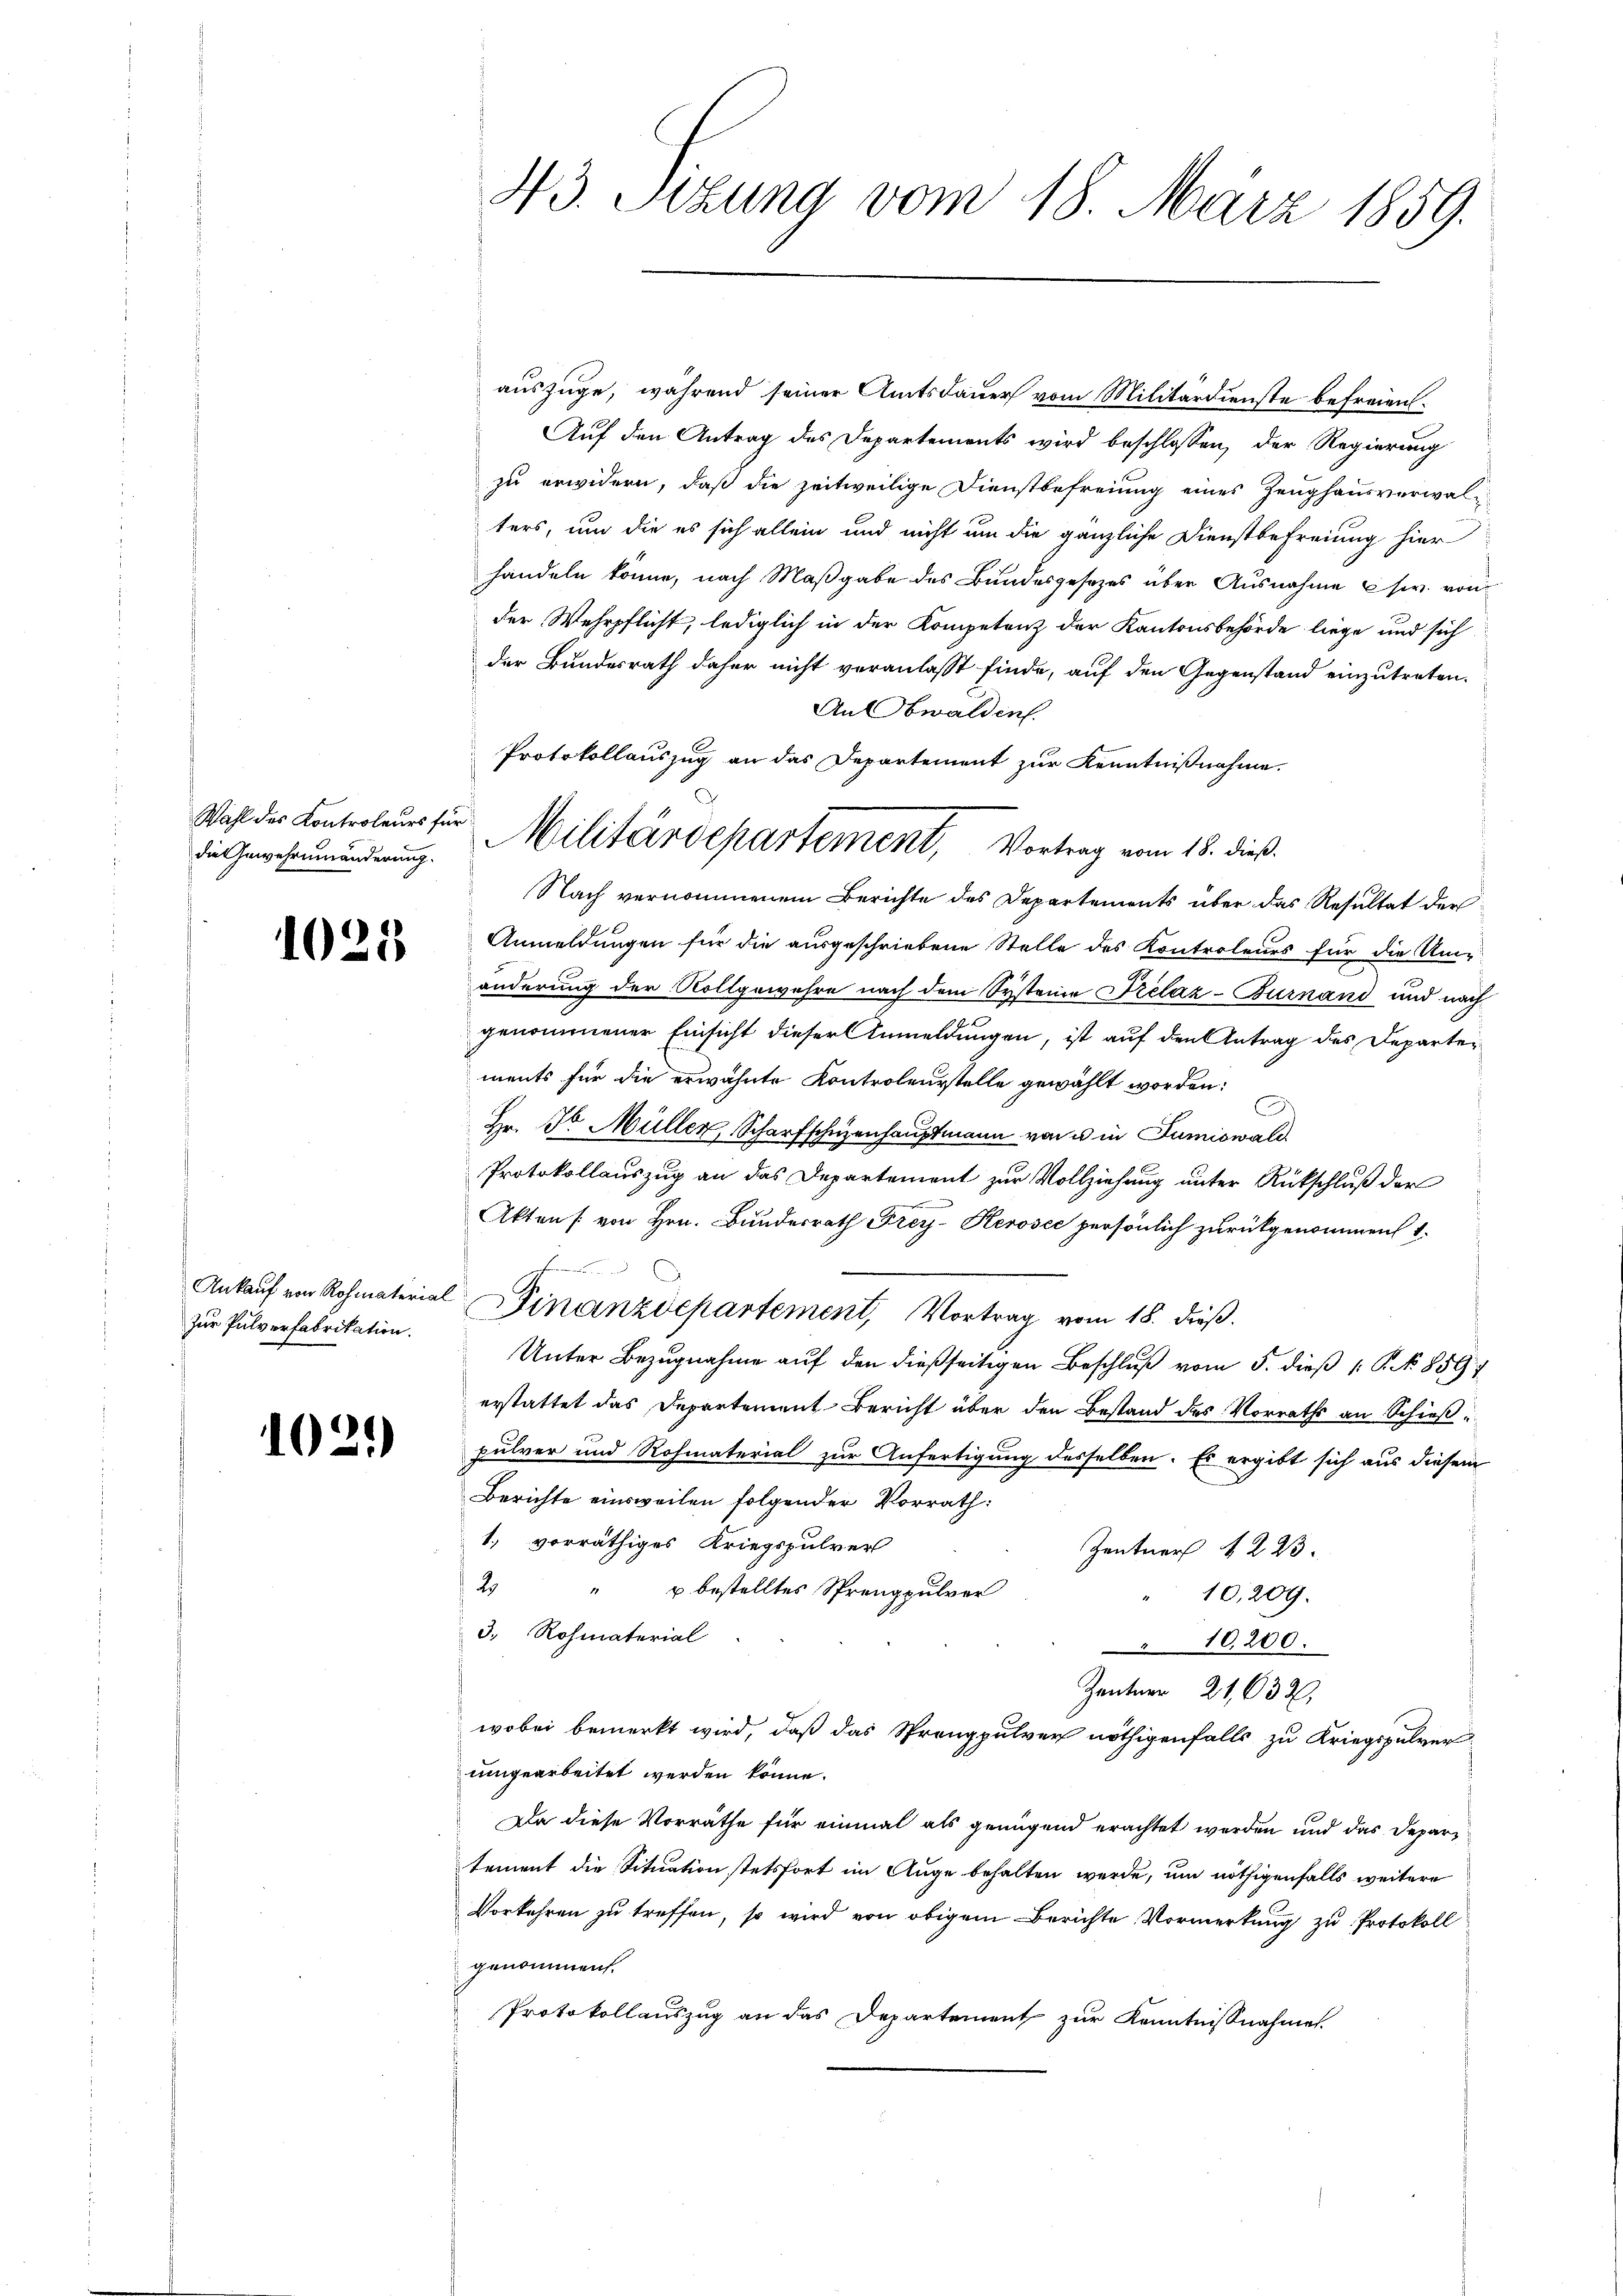
die Gewehrnmnänderung.

zur Pulverfabrikation.

102)

43. Sizung vom 18. März 1859.

auszüge, während seiner Amtsdauer vom Militärdienste befreien.
Auf den Antrag des Departements wird beschlossen, der Regierung
zu erwidern, daß die zeitweilige Dienstbefreiung eines Zeughausverwalters, um die es sich allein und nicht um die gänzliche Dienstbefreiung hier
handeln könne, nach Maßgabe des Bundesgesetzes über Ausnahme w. von
der Wehrpflicht, lediglich in der Kompetenz der Kantonsbehörde liege und sich
der Bundesrath daher nicht veranlasst finde, auf den Gegenstand einzutreten.
An Obwalden.
Nach vernommenem Berichte des Departements über das Resultat der
 Anmeldŭngen für die aŭsgeschriebene Stelle des Kontrolenes für die Umänderung der Rollgewahre nach dem Systeine Prélaz-Burnand und nach
genommener Einsicht dieser Anmeldungen, ist auf den Antrag des Departements für die erwähnte Kontroleurstelle gewählt worden:
Hr. Dr. Müller, Scharfschenhauptmann von u in Fumiswald
Protokollauszug an das Departement zur Vollziehung unter Rückschluß der
Akten /: von Hrn. Bundesrath Frey-Herosec persönlich zurückgenommen 1.
h
Ankaŭf von Rohmaterial Finanzdepartement, Vortrag vom 18. dieß.
Unter Bezugnahme auf den dießseitigen Beschluß vom 5. dieß P. Nr. 859
erstattet das Departement Bericht über den Bestand des Vorraths an Schieß
pulver und Rohmaterial zur Anfertigung desselben. Es ergibt sich aus diesem
Berichte einsweilen folgender Vorrath:
1. vorräthiges Kriegspulver
Zentner 1223.
2
u bestelltes Sprengpulver
11
10,209.
3. Rohmaterial
10,200.
Zentner 21632.
wobei bemerkt wird, daß das Sprengpulver nöthigenfalls zu Kriegspulver
uungearbeitet werden könne.
Da diese Vorräthe für einmal als genügend erachtet werden und das Departement die Situation stetsfort im Auge behalten werde, um nöthigenfalls weitere
Vorkehren zu treffen, so wird von obigem Berichte Vormerkung zu Protokoll
genommen.
Protokollauszug an das Departement zur Kenntnißnahme

Protokollauszug an das Departement zur Kenntnißnahme.
Wahl der Kontroleurs für Militärdepartement, Vortrag vom 18. dieß